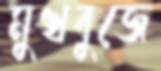
মুখবুজে